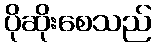
ပိုဆိုးစေသည်